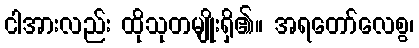
ငါအားလည်း ထိုသုတမျိုးရှိ၏။ အရတော်လေစွ၊